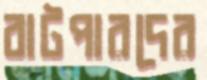
বাটপারদের